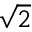
\sqrt { 2 }